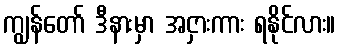
ကျွန်တော် ဒီနားမှာ အငှားကား ရနိုင်လား။